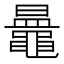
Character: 𪓲